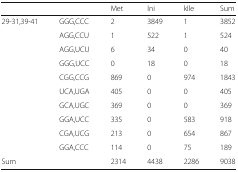
| <COLSPAN=2>  | Met | Ini | kIle | Sum |
 | --- | --- | --- | --- | --- | --- |
 | 29-31,39-41 | GGG,CCC | 2 | 3849 | 1 | 3852 |
 |  | AGG,CCU | 1 | 522 | 1 | 524 |
 |  | AGG,UCU | 6 | 34 | 0 | 40 |
 |  | GGG,UCC | 0 | 18 | 0 | 18 |
 |  | CGG,CCG | 869 | 0 | 974 | 1843 |
 |  | UCA,UGA | 405 | 0 | 0 | 405 |
 |  | GCA,UGC | 369 | 0 | 0 | 369 |
 |  | GGA,UCC | 335 | 0 | 583 | 918 |
 |  | CGA,UCG | 213 | 0 | 654 | 867 |
 |  | GGA,CCC | 114 | 0 | 75 | 189 |
 | Sum |  | 2314 | 4438 | 2286 | 9038 |